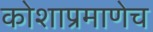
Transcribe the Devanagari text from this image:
कोशाप्रमाणेच